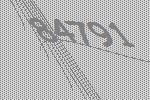
84791